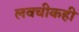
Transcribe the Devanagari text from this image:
लवचीकही